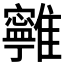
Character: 𩁔